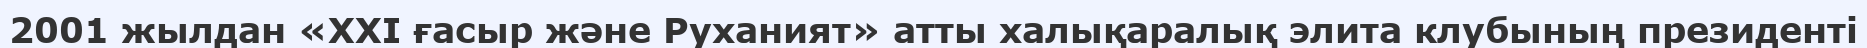
2001 жылдан «ХХІ ғасыр және Руханият» атты халықаралық элита клубының президенті